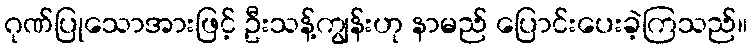
ဂုဏ်ပြုသောအားဖြင့် ဦးသန့်ကျွန်းဟု နာမည် ပြောင်းပေးခဲ့ကြသည်။